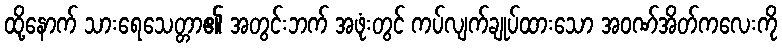
ထို့နောက် သားရေသေတ္တာ၏ အတွင်းဘက် အဖုံးတွင် ကပ်လျက်ချုပ်ထားသော အဝဏ်အိတ်ကလေးကို